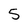
Character: 5